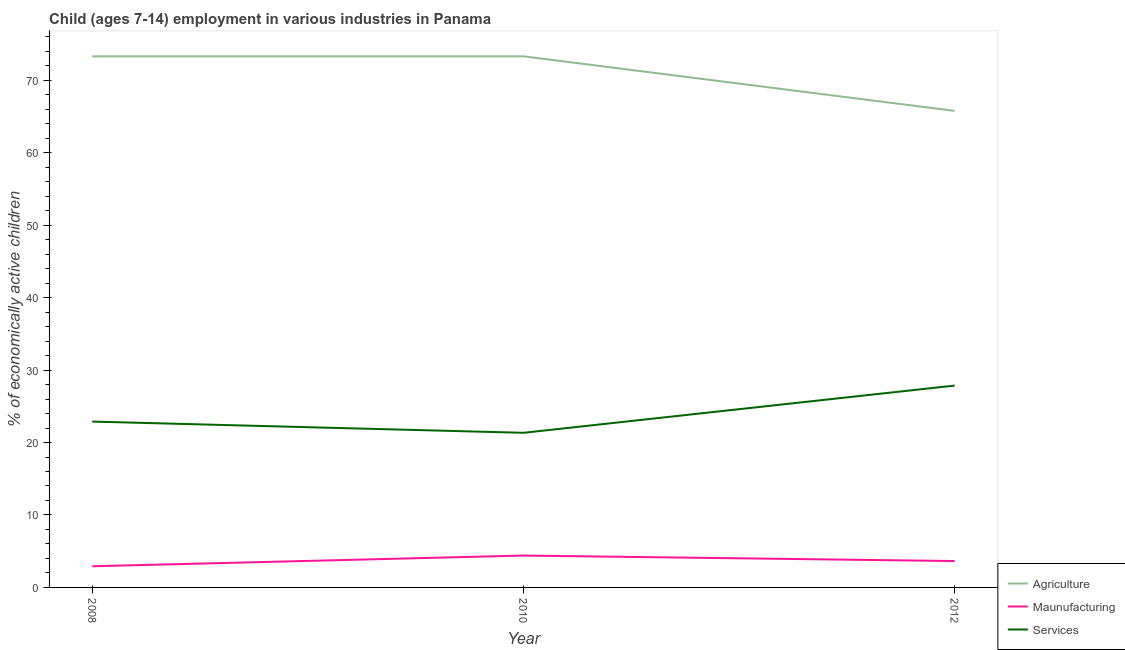
| Year | Agriculture | Maunufacturing | Services |
 | --- | --- | --- | --- |
 | 2008 | 73.3 | 2.92 | 22.9 |
 | 2010 | 73.3 | 4.4 | 21.3 |
 | 2012 | 65.8 | 3.64 | 27.9 |